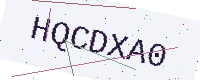
Text: HQCDXA0